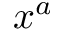
x ^ { a }